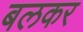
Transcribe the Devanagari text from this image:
बलकर